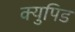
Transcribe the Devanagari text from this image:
क्युपिड